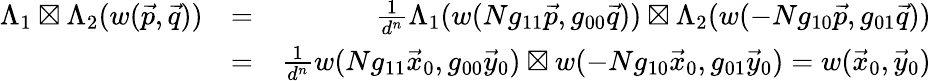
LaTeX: \begin{array}{rlr}{\Lambda_{1}\boxtimes\Lambda_{2}(w(\vec{p},\vec{q}))}&{=}&{\frac{1}{d^{n}}\Lambda_{1}(w(Ng_{11}\vec{p},g_{00}\vec{q}))\boxtimes\Lambda_{2}(w(-Ng_{10}\vec{p},g_{01}\vec{q}))}\\ &{=}&{\frac{1}{d^{n}}w(Ng_{11}\vec{x}_{0},g_{00}\vec{y}_{0})\boxtimes w(-Ng_{10}\vec{x}_{0},g_{01}\vec{y}_{0})=w(\vec{x}_{0},\vec{y}_{0})}\end{array}